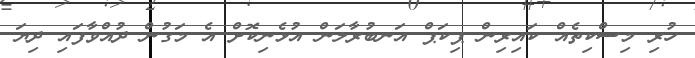
ހުރި މިސްކިތެއް ކައިރިން ޕިކަޕް އަނބުރާލަން އުޅެނިކޮށް އެ މަގުން ދުއްވާފައި ދިޔަ